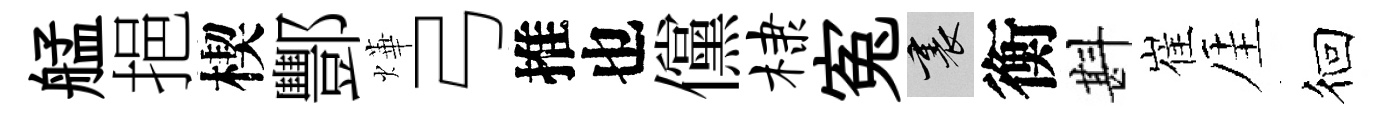
艋挹楔酆燁弓推也儻棣寃裏衡斟崔厓徊